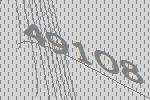
49108